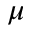
\mu